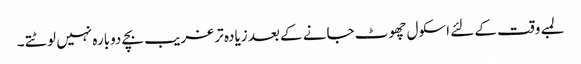
لمبے وقت کے لئے اسکول چھوٹ جانے کے بعد زیادہ تر غریب بچے دوبارہ نہیں لوٹتے ۔